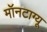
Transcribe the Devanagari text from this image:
मॉनटाग्यू